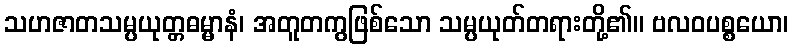
သဟဇာတသမ္ပယုတ္တဓမ္မာနံ၊ အတူတကွဖြစ်သော သမ္ပယုတ်တရားတို့၏။ ဗလဝပစ္စယော၊